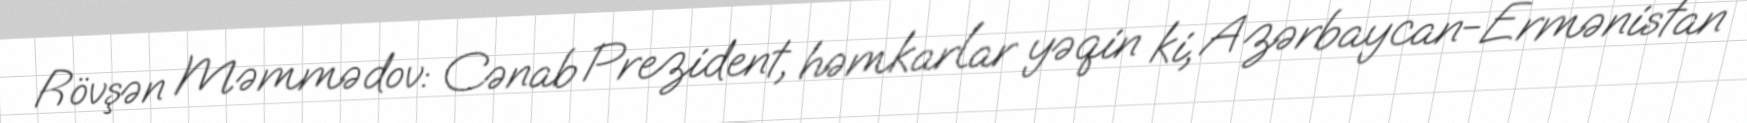
Rövşən Məmmədov: Cənab Prezident, həmkarlar yəqin ki, Azərbaycan-Ermənistan